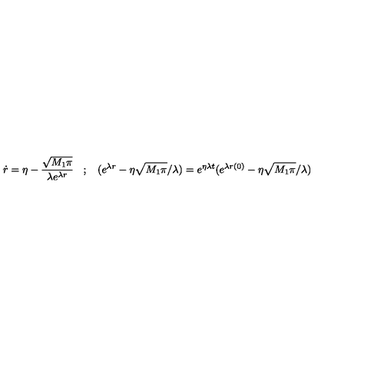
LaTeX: \dot { r } = \eta - \frac { \sqrt { M _ { 1 } \pi } } { \lambda e ^ { \lambda r } } \: \: \: \: ; \: \: \: \: ( e ^ { \lambda r } - \eta \sqrt { M _ { 1 } \pi } / \lambda ) = e ^ { \eta \lambda t } ( e ^ { \lambda r ( 0 ) } - \eta \sqrt { M _ { 1 } \pi } / \lambda )